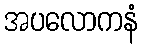
အပလောကနံ